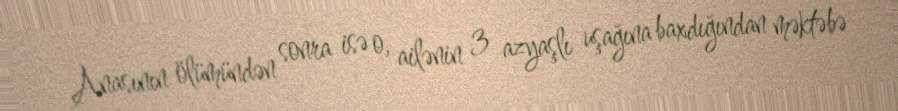
Anasının ölümündən sonra isə o, ailənin 3 azyaşlı uşağına baxdığından məktəbə